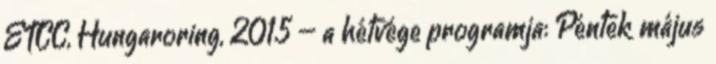
ETCC, Hungaroring, 2015 – a hétvége programja: Péntek május